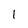
Character: l